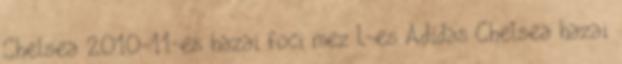
Chelsea 2010-11-es hazai foci mez L-es Adidas Chelsea hazai